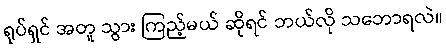
ရုပ်ရှင် အတူ သွား ကြည့်မယ် ဆိုရင် ဘယ်လို သဘောရလဲ။